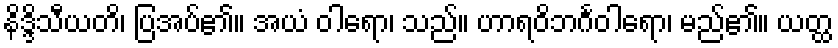
နိဒ္ဒိသီယတိ၊ ပြအပ်၏။ အယံ ဝါရော၊ သည်။ ဟာရဝိဘင်္ဂဝါရော၊ မည်၏။ ယတ္ထ